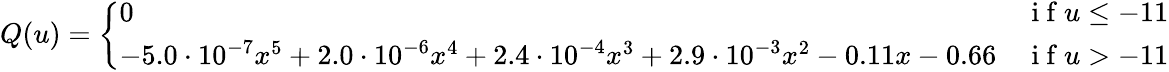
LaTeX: Q(u)=\left\{ \begin{array}{ll}{0}&{\mathrm{~i~f~}u\leq-11}\\ {-5.0\cdot 10^{-7}x^{5}+2.0\cdot 10^{-6}x^{4}+2.4\cdot 10^{-4}x^{3}+2.9\cdot 10^{-3}x^{2}-0.11x-0.66}&{\mathrm{~i~f~}u>-11}\end{array}\right.